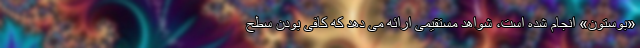
«بوستون» انجام شده است، شواهد مستقیمی ارائه می دهد که کافی بودن سطح